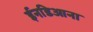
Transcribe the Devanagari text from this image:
ईनडिआना